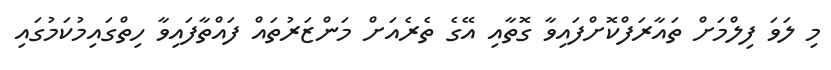
މި ލަވަ ފިލްމަށް ތައާރަފްކޮށްފައިވާ ގޮތާއި އޭގެ ތެރެއަށް މަންޒަރުތައް ފައްތާފައިވާ ހިތްގައިމުކަމުގައި